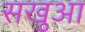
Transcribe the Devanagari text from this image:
सखुआ